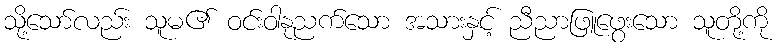
သို့သော်လည်း သူမ၏ ဝင်းဝါနုညက်သော အသားနှင့် ညီညာဖြူဖွေးသော သူတို့ကို